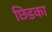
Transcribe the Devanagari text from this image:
छिडका